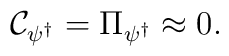
{\cal C}_{\psi^\dagger} = \Pi_{\psi^\dagger} \approx 0.